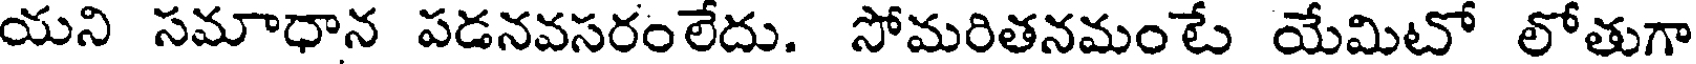
యని సమాధాన పడనవసరంలేదు. సోమరితనమంటే యేమిటో లోతుగా